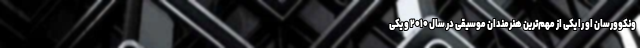
ونکوورسان او را یکی از مهم‌ترین هنرمندان موسیقی در سال ۲۰۱۰ و یکی